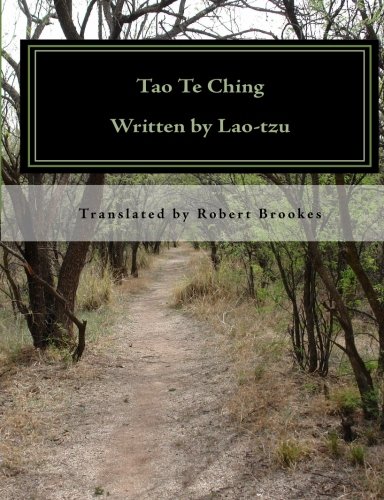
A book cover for Tao Te Ching: A new interpretive translation; Lao Tzu; Religion & Spirituality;